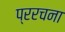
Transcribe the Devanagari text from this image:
प्ररचना